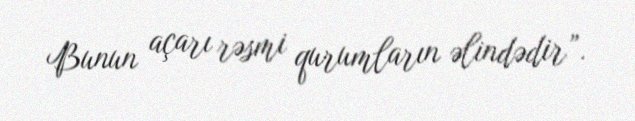
Bunun açarı rəsmi qurumların əlindədir”.